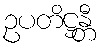
ဥပတိဋ္ဌန္တီ